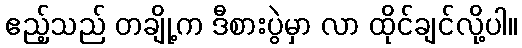
ဧည့်သည် တချို့က ဒီစားပွဲမှာ လာ ထိုင်ချင်လို့ပါ။